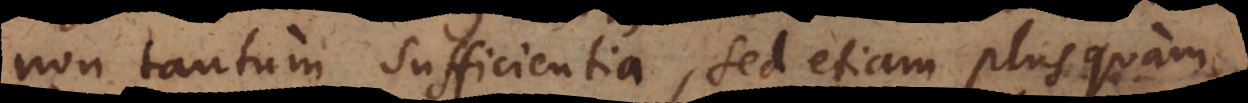
non tantum sufficientia, sed etiam plus quam